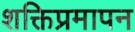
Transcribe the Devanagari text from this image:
शक्तिप्रमापन